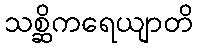
သစ္ဆိကရေယျာတိ